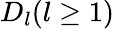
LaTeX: D_{l}(l\geq 1)